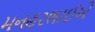
મનહરભાઈએ